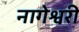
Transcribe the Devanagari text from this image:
नागेश्वरी